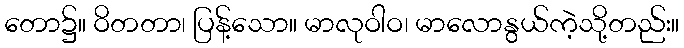
တော၌။ ဝိတတာ၊ ပြန့်သော။ မာလုဝါဝ၊ မာလောနွယ်ကဲ့သို့တည်း။